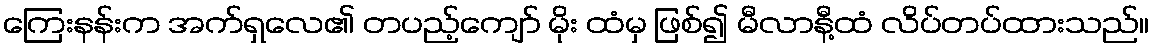
ကြေးနန်းက အက်ရှလေ၏ တပည့်ကျော် မိုး ထံမှ ဖြစ်၍ မီလာနီ့ထံ လိပ်တပ်ထားသည်။